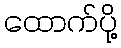
ထောက်ပို့